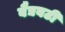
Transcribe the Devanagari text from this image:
बैद्यबटी